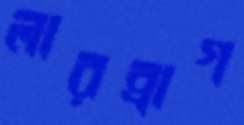
লারব্রাগ